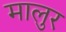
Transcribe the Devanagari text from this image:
मालुर